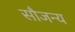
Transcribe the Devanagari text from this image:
सौजन्‍य